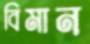
বিমান